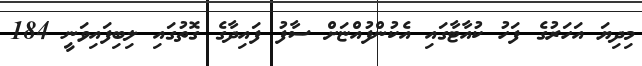
މިދިޔަ އަހަރުގެ ފަހު ކުއާޓާގައި އެކުންފުއްޏަށް ސާފު ފައިދާގެ ގޮތުގައި ލިބިފައިވަނީ 184